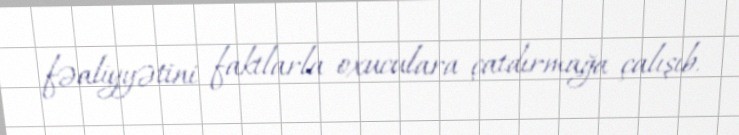
fəaliyyətini faktlarla oxuculara çatdırmağa çalışıb.